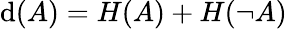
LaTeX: \mathrm{d}(A)=H(A)+H(\neg{A})